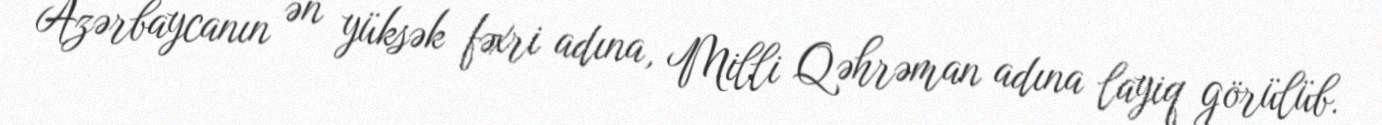
Azərbaycanın ən yüksək fəxri adına, Milli Qəhrəman adına layiq görülüb.